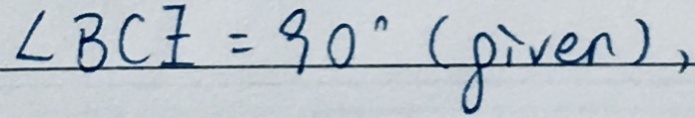
\angle B C E = 9 0 ^ { \circ } ( g i v e n ) ,